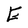
Character: E